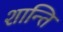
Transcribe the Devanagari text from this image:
शान्‍ति